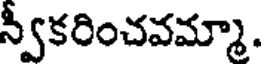
న్వీకరించవమ్మా.